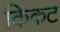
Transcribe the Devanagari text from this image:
किकट